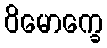
ဝိမောက္ခေ